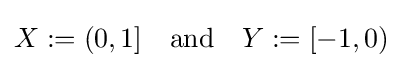
X:=(0,1]\quad {\mbox{and}}\quad Y:=[-1,0)